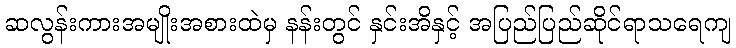
ဆလွန်းကားအမျိုးအစားထဲမှ နန်းတွင် နှင်းအိနှင့် အပြည်ပြည်ဆိုင်ရာသရေကျ